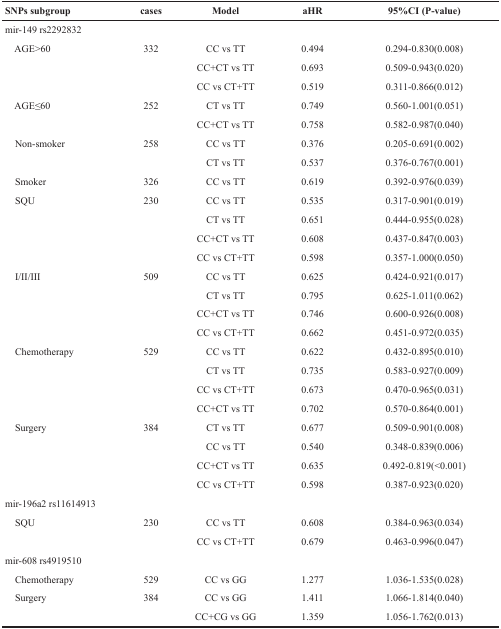
<table><thead><tr><td><b>SNPs subgroup</b></td><td><b>cases</b></td><td><b>Model</b></td><td><b>aHR</b></td><td><b>95%CI (P-value)</b></td></tr></thead><tbody><tr><td colspan="5">mir-149 rs2292832</td></tr><tr><td> AGE&gt;60</td><td>332</td><td>CC vs TT</td><td>0.494</td><td>0.294-0.830(0.008)</td></tr><tr><td></td><td></td><td>CC+CT vs TT</td><td>0.693</td><td>0.509-0.943(0.020)</td></tr><tr><td></td><td></td><td>CC vs CT+TT</td><td>0.519</td><td>0.311-0.866(0.012)</td></tr><tr><td> AGE≤60</td><td>252</td><td>CT vs TT</td><td>0.749</td><td>0.560-1.001(0.051)</td></tr><tr><td></td><td></td><td>CC+CT vs TT</td><td>0.758</td><td>0.582-0.987(0.040)</td></tr><tr><td> Non-smoker</td><td>258</td><td>CC vs TT</td><td>0.376</td><td>0.205-0.691(0.002)</td></tr><tr><td></td><td></td><td>CT vs TT</td><td>0.537</td><td>0.376-0.767(0.001)</td></tr><tr><td> Smoker</td><td>326</td><td>CC vs TT</td><td>0.619</td><td>0.392-0.976(0.039)</td></tr><tr><td> SQU</td><td>230</td><td>CC vs TT</td><td>0.535</td><td>0.317-0.901(0.019)</td></tr><tr><td></td><td></td><td>CT vs TT</td><td>0.651</td><td>0.444-0.955(0.028)</td></tr><tr><td></td><td></td><td>CC+CT vs TT</td><td>0.608</td><td>0.437-0.847(0.003)</td></tr><tr><td></td><td></td><td>CC vs CT+TT</td><td>0.598</td><td>0.357-1.000(0.050)</td></tr><tr><td> I/II/III</td><td>509</td><td>CC vs TT</td><td>0.625</td><td>0.424-0.921(0.017)</td></tr><tr><td></td><td></td><td>CT vs TT</td><td>0.795</td><td>0.625-1.011(0.062)</td></tr><tr><td></td><td></td><td>CC+CT vs TT</td><td>0.746</td><td>0.600-0.926(0.008)</td></tr><tr><td></td><td></td><td>CC vs CT+TT</td><td>0.662</td><td>0.451-0.972(0.035)</td></tr><tr><td> Chemotherapy</td><td>529</td><td>CC vs TT</td><td>0.622</td><td>0.432-0.895(0.010)</td></tr><tr><td></td><td></td><td>CT vs TT</td><td>0.735</td><td>0.583-0.927(0.009)</td></tr><tr><td></td><td></td><td>CC vs CT+TT</td><td>0.673</td><td>0.470-0.965(0.031)</td></tr><tr><td></td><td></td><td>CC+CT vs TT</td><td>0.702</td><td>0.570-0.864(0.001)</td></tr><tr><td> Surgery</td><td>384</td><td>CT vs TT</td><td>0.677</td><td>0.509-0.901(0.008)</td></tr><tr><td></td><td></td><td>CC vs TT</td><td>0.540</td><td>0.348-0.839(0.006)</td></tr><tr><td></td><td></td><td>CC+CT vs TT</td><td>0.635</td><td>0.492-0.819(&lt;0.001)</td></tr><tr><td></td><td></td><td>CC vs CT+TT</td><td>0.598</td><td>0.387-0.923(0.020)</td></tr><tr><td colspan="5">mir-196a2 rs11614913</td></tr><tr><td> SQU</td><td>230</td><td>CC vs TT</td><td>0.608</td><td>0.384-0.963(0.034)</td></tr><tr><td></td><td></td><td>CC vs CT+TT</td><td>0.679</td><td>0.463-0.996(0.047)</td></tr><tr><td colspan="5">mir-608 rs4919510</td></tr><tr><td> Chemotherapy</td><td>529</td><td>CC vs GG</td><td>1.277</td><td>1.036-1.535(0.028)</td></tr><tr><td> Surgery</td><td>384</td><td>CC vs GG</td><td>1.411</td><td>1.066-1.814(0.040)</td></tr><tr><td></td><td></td><td>CC+CG vs GG</td><td>1.359</td><td>1.056-1.762(0.013)</td></tr></tbody></table>